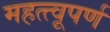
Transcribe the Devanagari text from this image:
महत्त्वूपर्ण